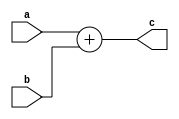
`timescale 1ps / 1ps
//////////////////////////////////////////////////////////////////////////////////
// Company: 
// Engineer: 
// 
// Design Name: 
// Module Name: add_32
// Project Name: 
// Target Devices: 
// Tool Versions: 
// Description: 
// 
// Dependencies: 
// 
// Revision:
// Revision 0.01 - File Created
// Additional Comments:
// 
//////////////////////////////////////////////////////////////////////////////////


module add_32(
    input [31:0] a,
    input [31:0] b,
    output [31:0] c
    );
    assign c = a + b;
endmodule